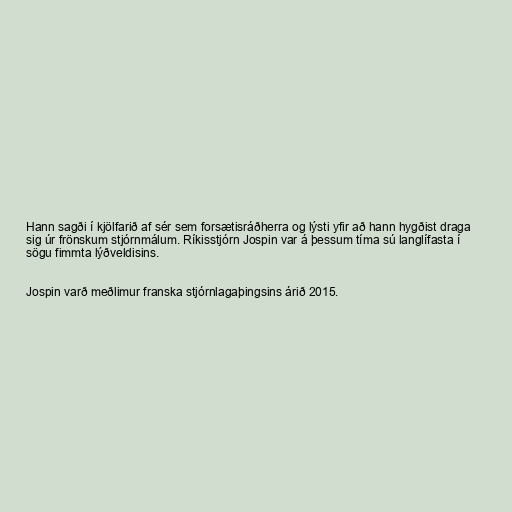
Hann sagði í kjölfarið af sér sem forsætisráðherra og lýsti yfir að hann hygðist draga
sig úr frönskum stjórnmálum. Ríkisstjórn Jospin var á þessum tíma sú langlífasta í
sögu fimmta lýðveldisins.

Jospin varð meðlimur franska stjórnlagaþingsins árið 2015.